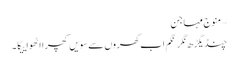
–منوج مہاجن
چنڈیگڑھ نگر نگم اب گھروں سے سویں کچرا اٹھواییگا۔